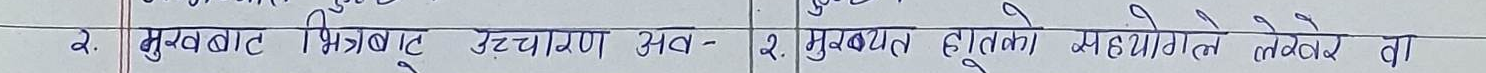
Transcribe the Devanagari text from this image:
२. मुखबाट भित्रबाट उच्चारण अव- | २. मुखबाट हुनेको सहयोगले लेवर वा